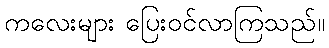
ကလေးများ ပြေးဝင်လာကြသည်။